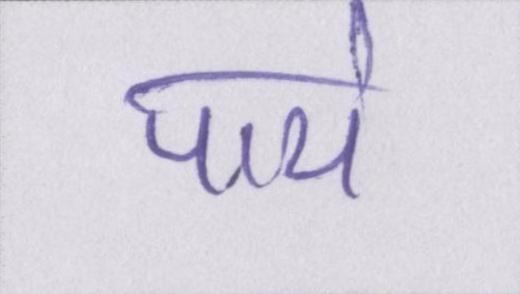
पाये